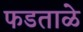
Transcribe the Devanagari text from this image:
फडताळे